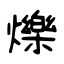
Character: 爍